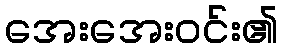
အေးအေးဝင်း၏